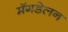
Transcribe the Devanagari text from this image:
मॅगडेलन